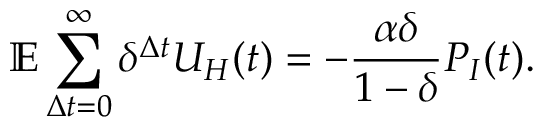
\mathbb { E } \sum _ { \Delta t = 0 } ^ { \infty } \delta ^ { \Delta t } U _ { H } ( t ) = - \frac { \alpha \delta } { 1 - \delta } P _ { I } ( t ) .